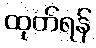
ထုတ်ရန်